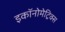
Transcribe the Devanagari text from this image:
इकॉनोमेट्रिक्स